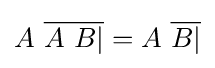
A\ {\overline {A\ B|}}=A\ {\overline {B|}}